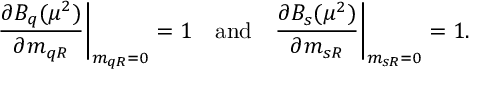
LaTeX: \frac { \partial B _ { q } ( \mu ^ { 2 } ) } { \partial m _ { q R } } \bigg | _ { m _ { q R } = 0 } = 1 \quad \mathrm { a n d } \quad \frac { \partial B _ { s } ( \mu ^ { 2 } ) } { \partial m _ { s R } } \bigg | _ { m _ { s R } = 0 } = 1 .